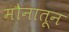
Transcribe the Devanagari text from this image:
मौनातून